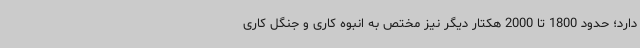
دارد؛ حدود 1800 تا 2000 هکتار دیگر نیز مختص به انبوه کاری و جنگل کاری